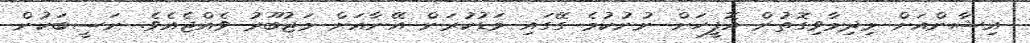
އިޝާންއަށް މިދިމާވިގޮތުން އޮފީހަށް ނުނުކުމެ ގޭގައި މަޑުކުރަން އޭނާއަށް މަޖުބޫރު ވެއްޖެއެވެ. ނަސީބަކުން